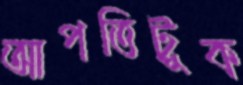
আপত্তিটুক